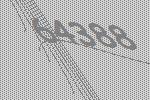
64388